Liigvalla_vallavalitsus, lk 45
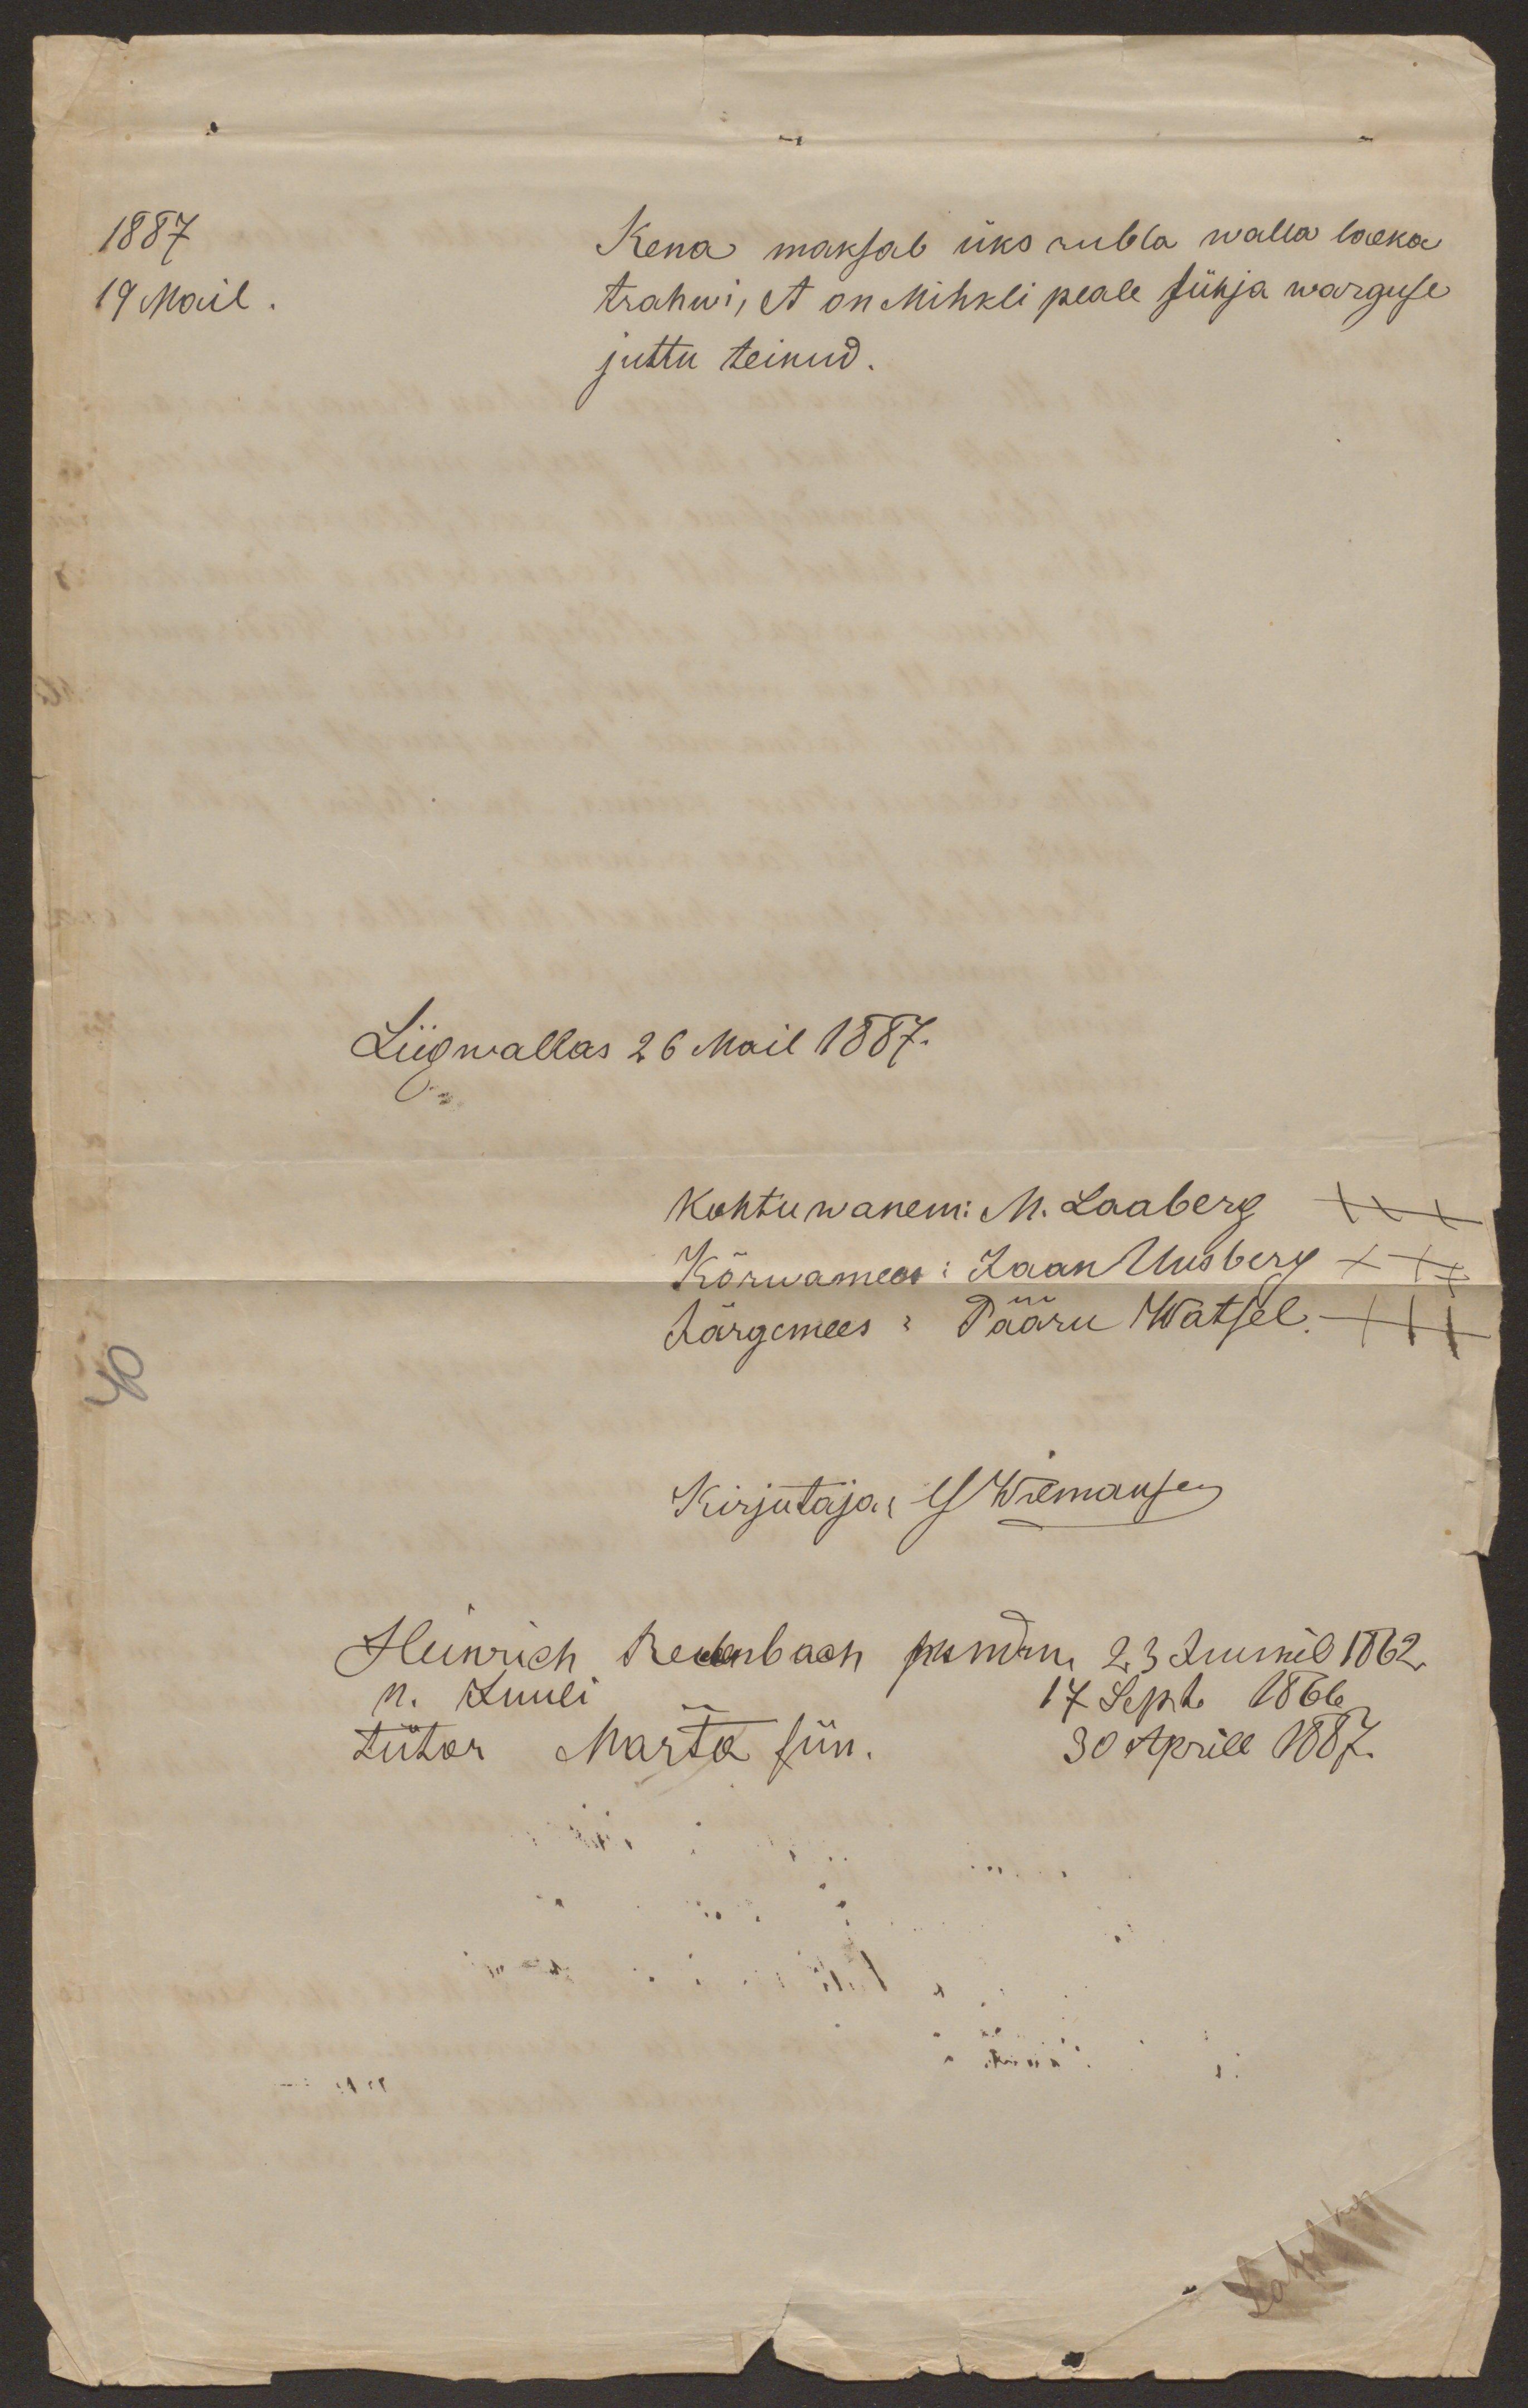
1887
19 Mail.
Kena maksab üks rubla walla laeka
trahwi, et on Mihkli peale tühja warguse
juttu teinud.
Liigwallas 26 Mail 1887.
Kohtuwanem: M. Laaberg XXX
Kõrwamees: Jaan Uusberg XXX
Järgemees: Pääru Watsel XXX
40
Kirjutaja: G Wilmansen
Heinrich Reckenbach sundin. 23 Juunil 1862
n. Juuli 17 Septe 1866
tütar Marta sün. 30 Aprill 1887.